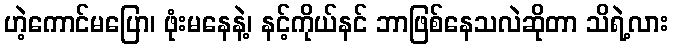
ဟဲ့ကောင်မပြော၊ ဖုံးမနေနဲ့၊ နင့်ကိုယ်နင် ဘာဖြစ်နေသလဲဆိုတာ သိရဲ့လား